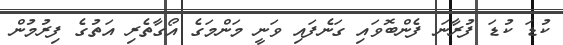
ކުޑަ ކުޑަ ފުރާނަ ފެންބޮވައި ގަނެފައި ވަނީ މަންމަގެ އޯގާތެރި އަތުގެ ފިރުމުން